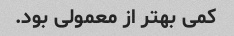
کمی بهتر از معمولی بود.